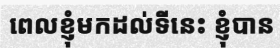
ពេលខ្ញុំមកដល់ទីនេះ ខ្ញុំបាន